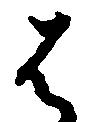
者